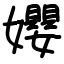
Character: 孆